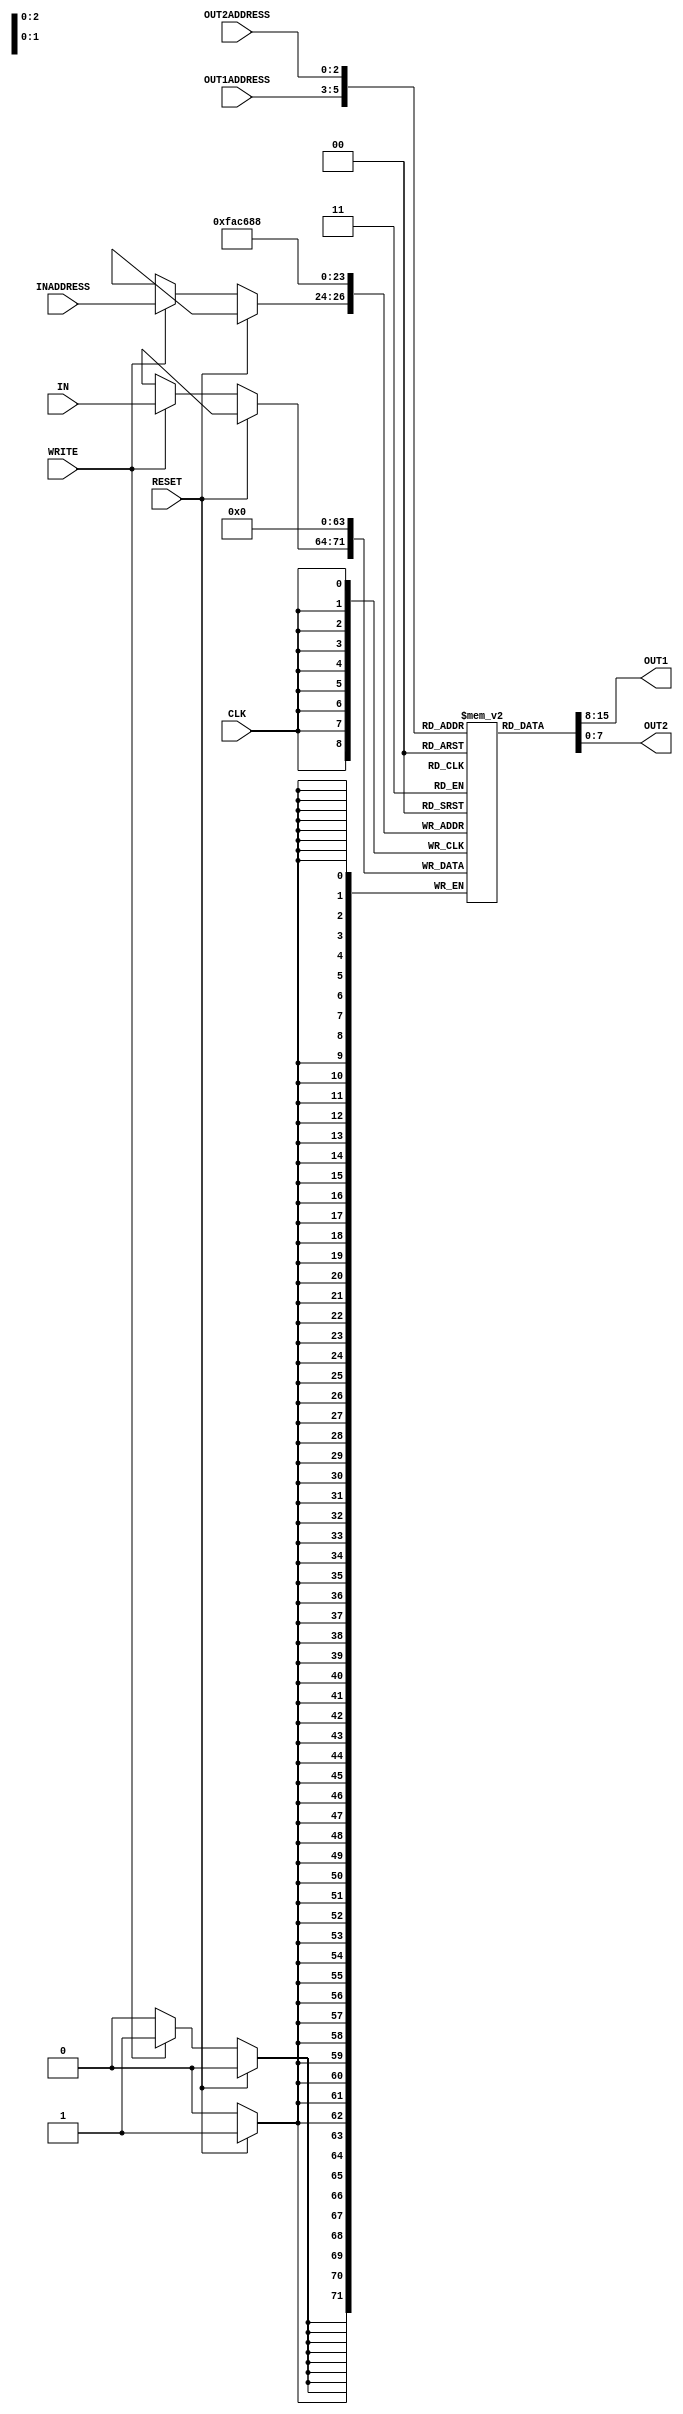
/*
CO224: Computer Architecture 
Lab 05: Part-2				 
Register File				 
Group - 12					 
*/

`timescale 1ns/100ps

// Definition of the register file
module reg_file(IN,OUT1,OUT2,INADDRESS,OUT1ADDRESS,OUT2ADDRESS, WRITE, CLK, RESET);

	// Begin port declaration
	input [7:0] IN; // 8-bit input for input the data
	input [2:0] INADDRESS, OUT1ADDRESS, OUT2ADDRESS; // To store the register numbers of input & output data
	
	input WRITE, CLK, RESET; // Inputs for WRITEENABLE CLOCK and RESET signals
	
	output [7:0] OUT1, OUT2; // 8-bit outputs for output the data(Should be read asynchronously)
	// End of port declaration
	
	// An array of 8*8-bit registers
	reg [7:0] REGISTER [7:0];

	integer i; // This variable will used to iterate throught the foor loop
	
	//Reads data from registers asynchronously
	// Using continuous assignment assign OUT1 and OUT2 for OUT1ADRESS and OUT2ADDRESS registers respectively (Unit's delay = #2)
	assign #2 OUT1 = REGISTER[OUT1ADDRESS];		
	assign #2 OUT2 = REGISTER[OUT2ADDRESS];		
	
	// Write and Reset registers synchronously

	always @ (posedge CLK)
	begin

		if (RESET == 1'b1) // If the RESET signal is HIGH, registers must be cleared
		begin
		
			#1 for (i = 0; i < 8; i = i + 1) // Iterating through the register file
			begin
				REGISTER[i] = 8'b00000000; // Clearing each element in register array
			end
			
		end

		else if (WRITE == 1'b1)	// If the RESET signal is LOW, write to the registers if WRITE signal is HIGH
		begin
		
			#1 REGISTER[INADDRESS] = IN; // Assigns the input value IN to relevant register address after a delay of 1
			
		end
		
	end
	
	initial begin
			$monitor($time, "\t%d\t%d\t%d\t%d\t%d\t%d\t%d\t%d", REGISTER[0], REGISTER[1],REGISTER[2],REGISTER[3],REGISTER[4],REGISTER[5],REGISTER[6],REGISTER[7]);
	end

endmodule